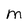
Character: m